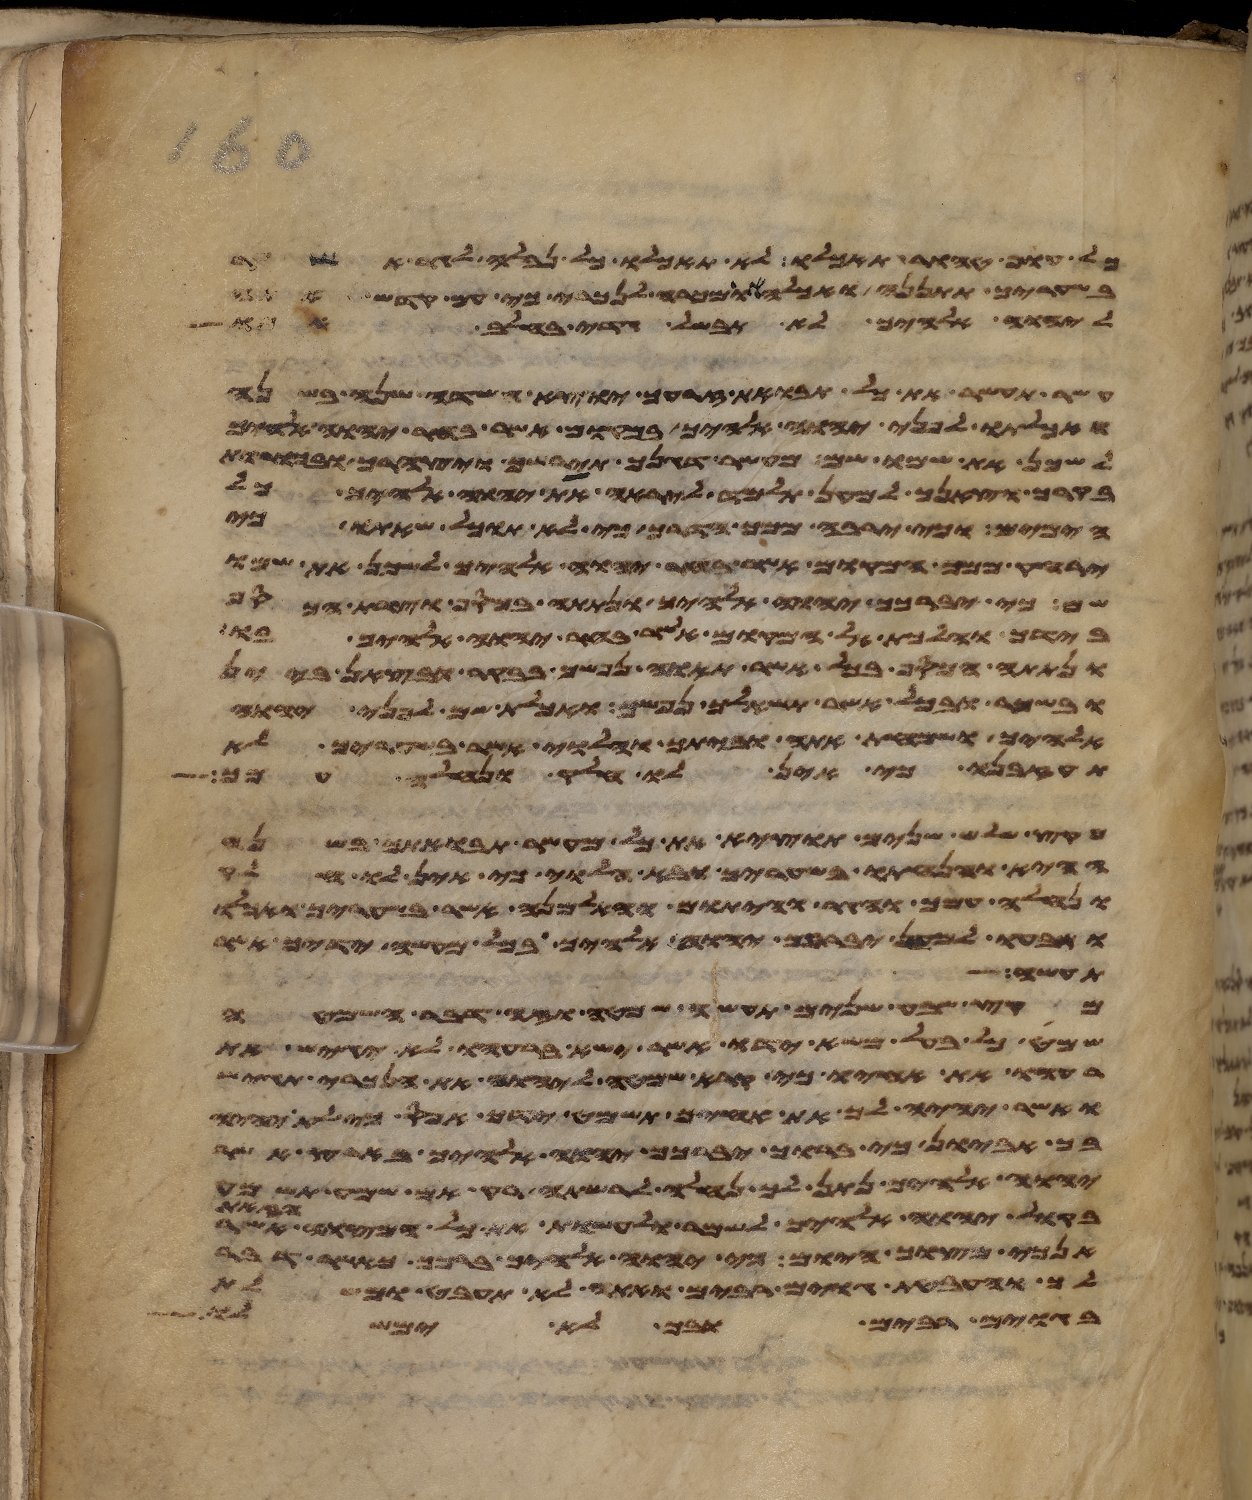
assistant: כל עוף טהור תאכלו לא תאכלו כל נבלה לגר אשר
בשעריך תתננה ואכלה או מכרה לנכרי כי עם קדש אתה
ליהוה אלהיך לא תבשל גדי בחלב אמו
עשר תעשר את כל תבואת זרעך יוצא השדה שנה בשנה
ואכלתו לפני יהוה אלהיך במקום אשר בחר יהוה אלהיך
לשכן את שמו שם מעשר דגנך תירשך ויצהרך ובכורת
בקרך וצאנך למען תלמד ליראה את יהוה אלהיך כל
הימים וכי ירבה ממך הדרך כי לא תוכל שאתו כי
ירחק ממך המקום אשר בחר יהוה אלהיך לשכן את שמו
שם כי יברכך יהוה אלהיך ונתתה בכסף וצרת הכסף
בידך והלכת אל המקום אשר בחר יהוה אלהיך בו
ונתתה הכסף בכל אשר תאוה נפשך בבקר ובצאן ביין
ובשכר ובכל אשר תשאלך נפשך ואכלת שם לפני יהוה
אלהיך ושמחת אתה וביתך והלוי אשר בשעריך לא
תעזבנו כי אין לו חלק ונחלה עמך
מקץ שלש שנים תוצא את כל מעשר תבואתך בשנה
ההיא והנחתו בשעריך ובא הלוי כי אין לו חלק
ונחלה עמך והגר והיתום והאלמנה אשר בשעריך ואכלו
ושבעו למען יברכך יהוה אלהיך בכל מעשה ידיך אשר
תעשה
מקץ שבע שנים תעשה שמטה וזה דבר השמטה
שמט כל בעל משא ידו אשר ישא ברעהו לא יגש את
רעהו את אחיו כי קרא שמטה ליהוה את הנכרי תגש
ואשר יהיה לך את אחיך תשמט ידך אפס כי לא יהיה
בך אביון כי ברוך יברכך יהוה אלהיך בארץ אשר
יהוה אלהיך נתן לך נחלה לרשתה רק אם שמע תשמע
וזאת
בקול יהוה אלהיך לשמר לעשות את כל מצותיו אשר
אנכי מצוך היום כי יהוה אלהיך ברכך כאשר דבר
לך והעבטת גוים רבים ואתה לא תעבט ומשלת
בגוים רבים ובך לא ימשלו